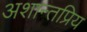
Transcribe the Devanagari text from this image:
अशान्तप्रिय